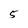
Character: 5